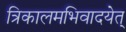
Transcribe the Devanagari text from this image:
त्रिकालमभिवादयेत्